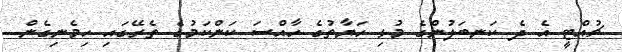
ޗުއްޓީ އެ ދެ ކަނބަލުންގެ މުޅި ހަޔާތުގެ ހާއްސަ ކަންކަމުގެ ތެރޭގައި ހިމެނިގެން